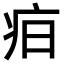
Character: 𤵖